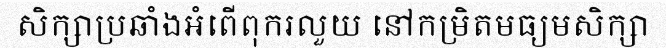
សិក្សាប្រឆាំងអំពើពុករលួយ នៅកម្រិតមធ្យមសិក្សា